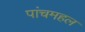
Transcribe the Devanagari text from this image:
पांचमहल